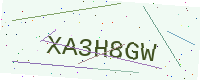
Text: XA3H8GW